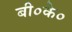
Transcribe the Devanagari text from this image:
बी०के०